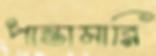
পান্তামারি